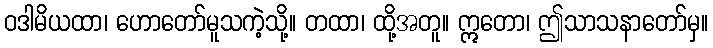
ဝဒါမိယထာ၊ ဟောတော်မူသကဲ့သို့။ တထာ၊ ထို့အတူ။ ဣတော၊ ဤသာသနာတော်မှ။